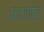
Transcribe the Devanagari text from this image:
उदभाषित